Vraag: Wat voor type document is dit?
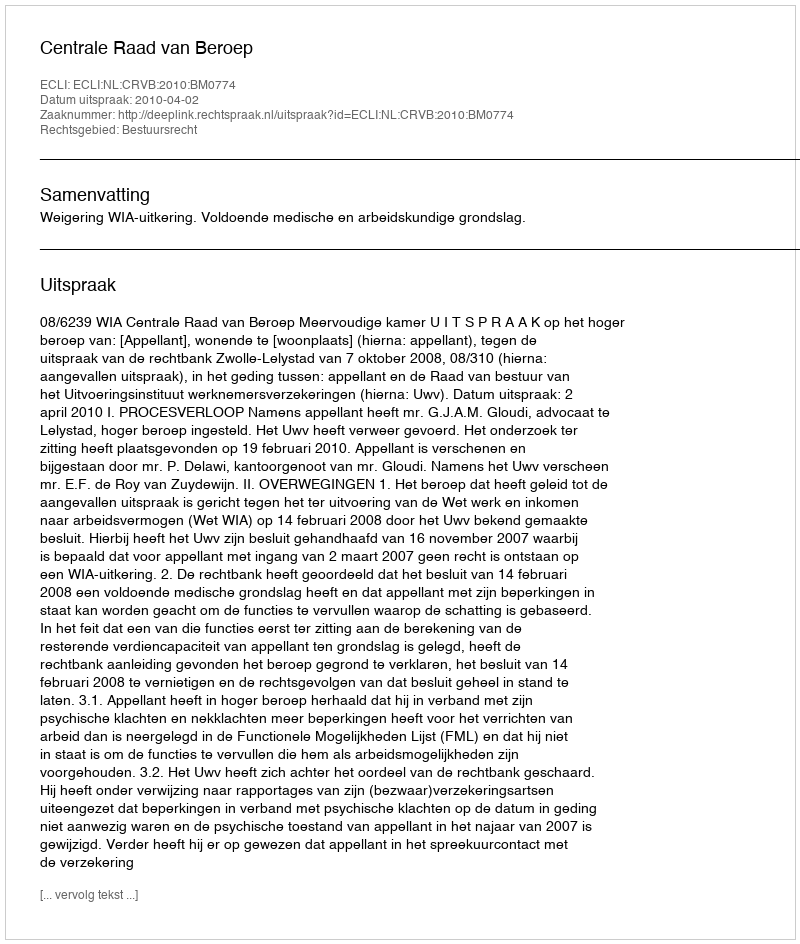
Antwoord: Uitspraak